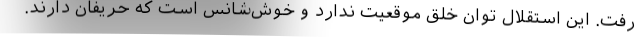
رفت. این استقلال توان خلق موقعیت ندارد و خوش‌شانس است که حریفان دارند.